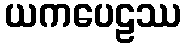
ယကပေဠဿ